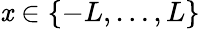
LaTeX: \mathit{x}\in\{ -L,\ldots,L\}